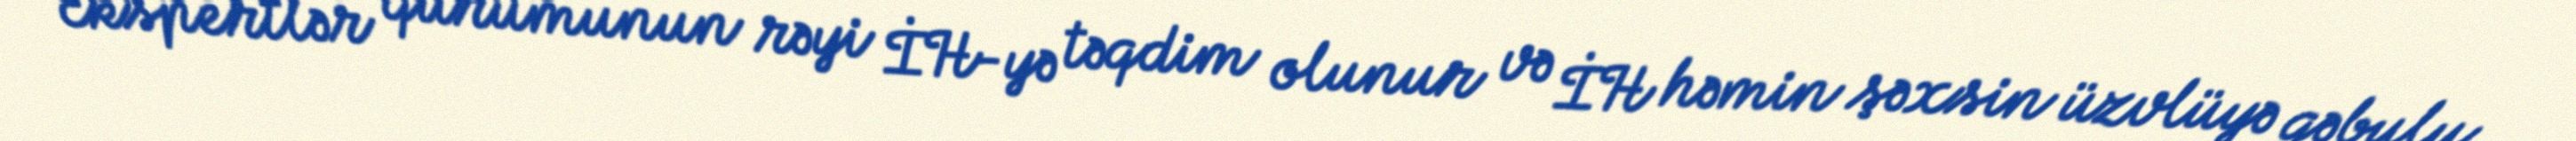
Ekspertlər qurumunun rəyi İH-yə təqdim olunur və İH həmin şəxsin üzvlüyə qəbulu